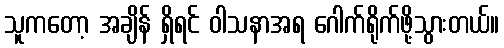
သူကတော့ အချိန် ရှိရင် ဝါသနာအရ ဂေါက်ရိုက်ဖို့သွားတယ်။